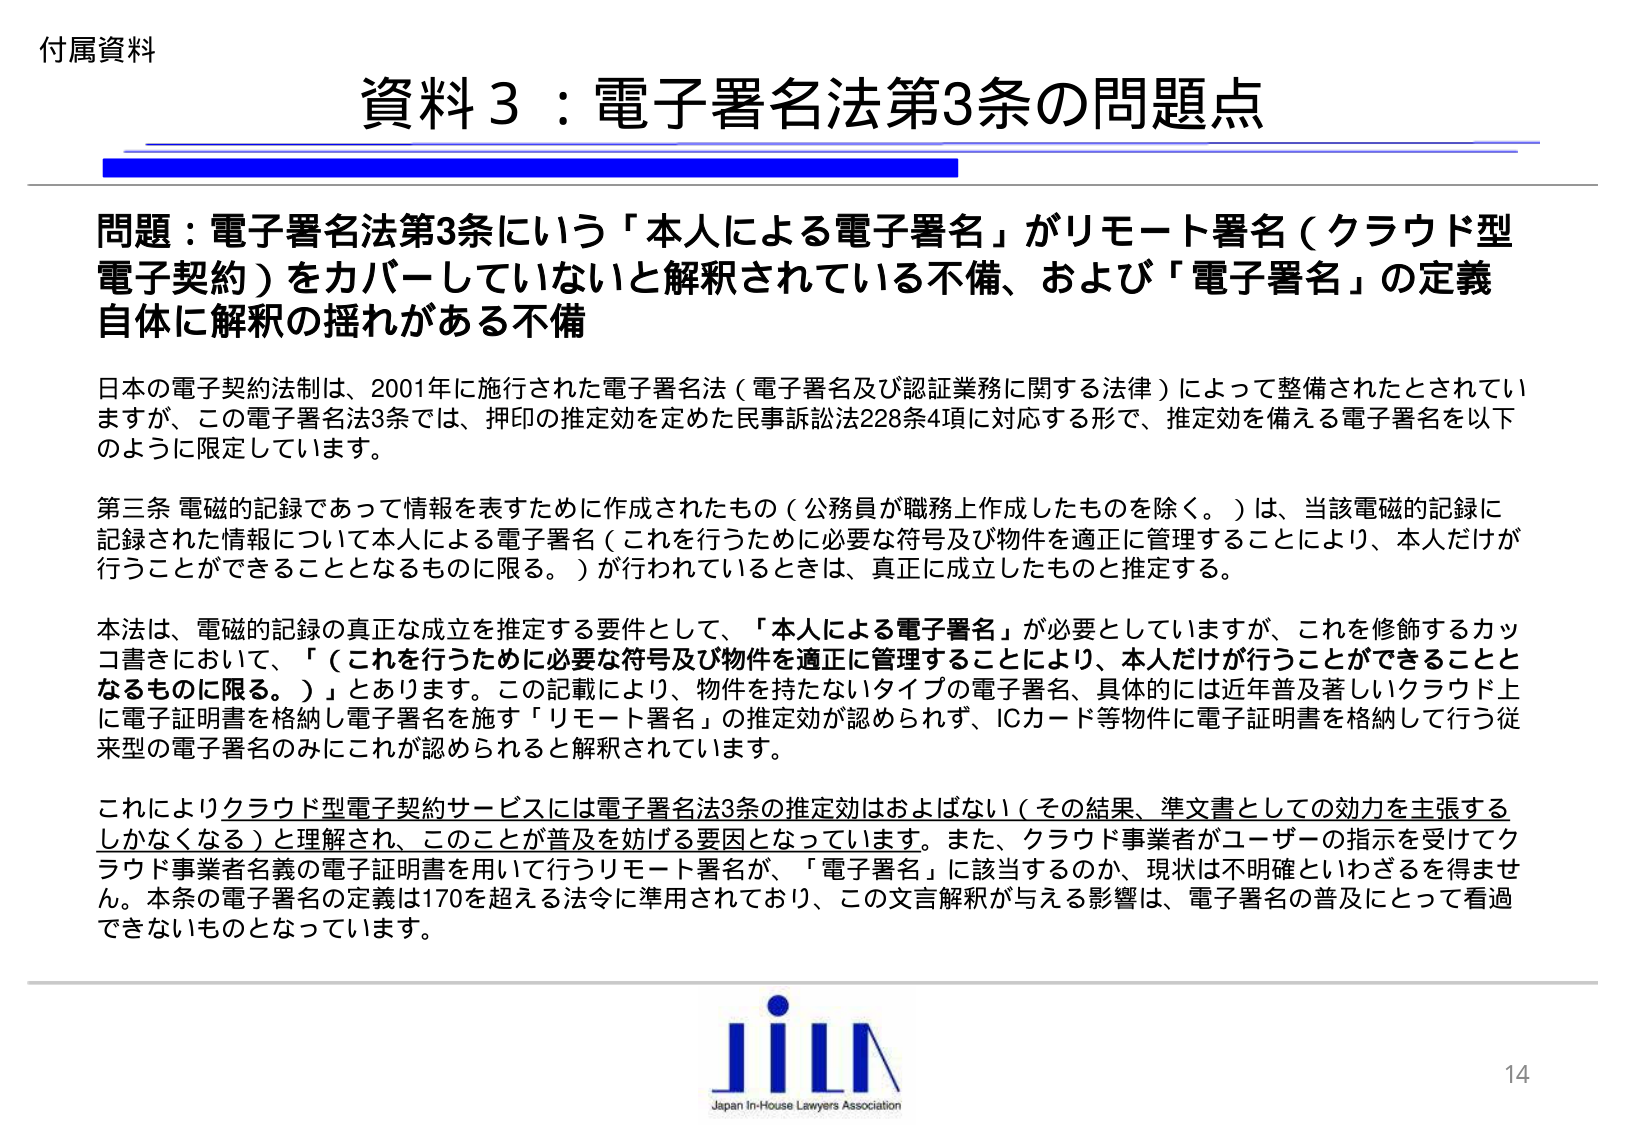
付属資料

資料３：電子署名法第3条の問題点

問題：電子署名法第3条にいう「本人による電子署名」がリモート署名（クラウド型電子契約）をカバーしていないと解釈されている不備、および「電子署名」の定義自体に解釈の揺れがある不備

日本の電子契約法制は、2001年に施行された電子署名法（電子署名及び認証業務に関する法律）によって整備されたとされていますが、この電子署名法3条では、押印の推定効を定めた民事訴訟法228条4項に対応する形で、推定効を備える電子署名を以下のように限定しています。

第三条 電磁的記録であって情報を表すために作成されたもの（公務員が職務上作成したものを除く。）は、当該電磁的記録に記録された情報について本人による電子署名（これを行うために必要な符号及び物件を適正に管理することにより、本人だけが行うことができるうこととなるものに限る。）が行われているときは、真正に成立したものと推定する。

本法は、電磁的記録の真正な成立を推定する要件として、「本人による電子署名」が必要としていますが、これを修飾するカッコ書きにおいて、「（これを行うために必要な符号及び物件を適正に管理することにより、本人だけが行うことができるうこととなるものに限る。）」とあります。この記載により、物件を持たないタイプの電子署名、具体的には近年普及著しいクラウド上に電子証明書を格納し電子署名を施す「リモート署名」の推定効が認められず、ICカード等物件に電子証明書を格納して行う従来型の電子署名のみにこれが認められると解釈されています。

これによりクラウド型電子契約サービスには電子署名法3条の推定効はおよばない（その結果、準文書としての効力を主張するしかなくなる）と理解され、このことが普及を妨げる要因となっています。また、クラウド事業者がユーザーの指示を受けてクラウド事業者名義の電子証明書を用いて行うリモート署名が、「電子署名」に該当するのか、現状は不明確といわざるを得ません。本条の電子署名の定義は170を超える法令に準用されており、この文言解釈が与える影響は、電子署名の普及にとって看過できないものとなっています。

JiLΛ
Japan In-House Lawyers Association

14